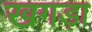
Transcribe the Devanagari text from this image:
खगड़ा